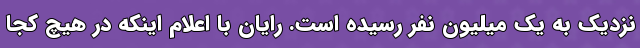
نزدیک به یک میلیون نفر رسیده است. رایان با اعلام اینکه در هیچ کجا